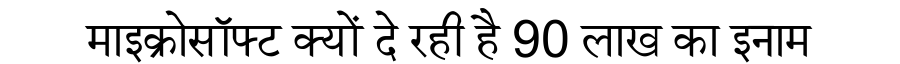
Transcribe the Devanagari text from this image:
माइक्रोसॉफ्ट क्यों दे रही है 90 लाख का इनाम